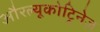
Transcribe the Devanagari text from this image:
औरल्यूकोट्रिनेज़